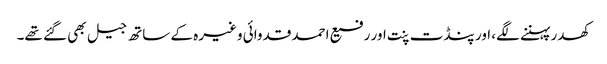
کھدر پہننے لگے، اور پنڈت پنت اور رفیع احمد قدوائی وغیرہ کے ساتھ جیل بھی گئے تھے۔